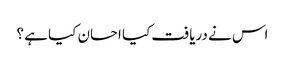
اس نے دریافت کیا احسان کیا ہے ؟